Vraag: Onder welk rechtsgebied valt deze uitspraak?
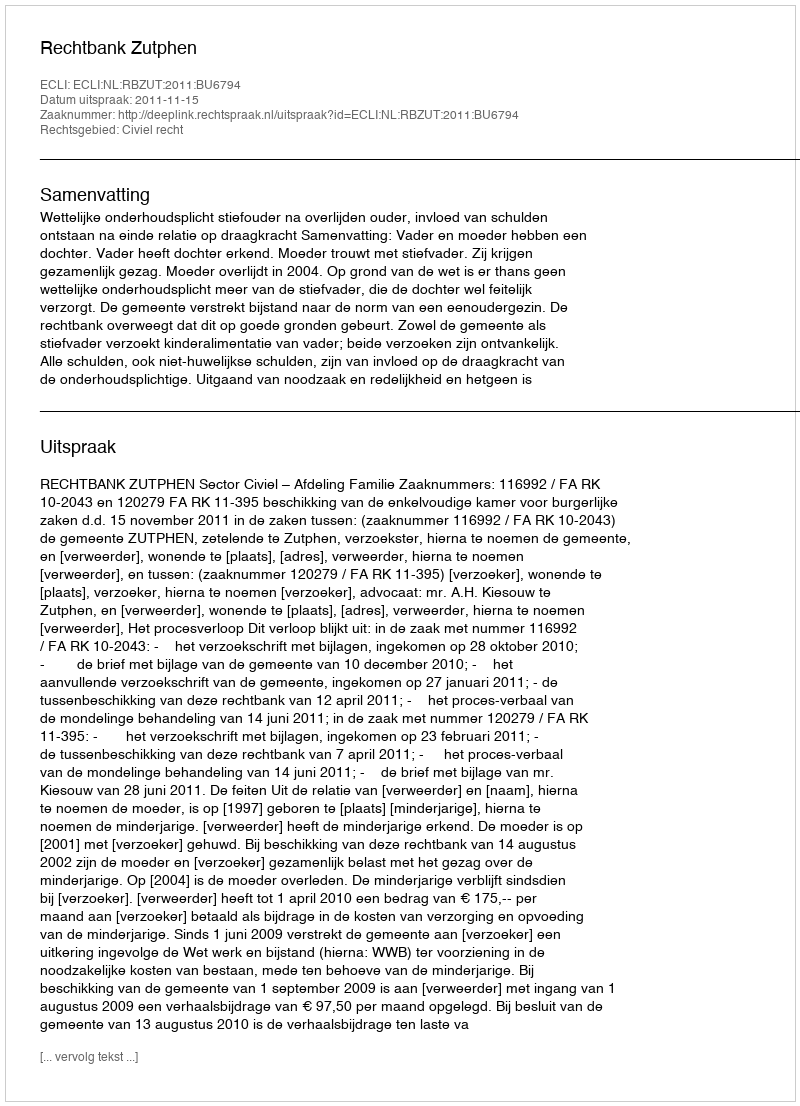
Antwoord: Civiel recht